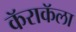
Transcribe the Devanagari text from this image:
कॅराकॅला